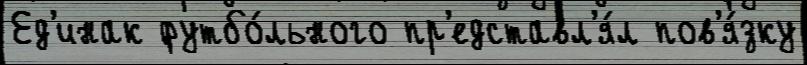
Ед'инак футбо́льного пр'едставл'я́л пов'я́зку